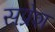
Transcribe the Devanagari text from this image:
सप्रेश